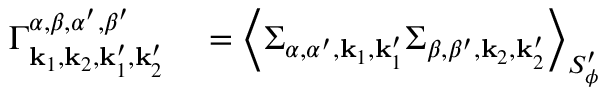
\begin{array} { r l } { \Gamma _ { { \mathbf { k } _ { 1 } } , { \mathbf { k } _ { 2 } } , { \mathbf { k } _ { 1 } ^ { \prime } } , { \mathbf { k } _ { 2 } ^ { \prime } } } ^ { \alpha , \beta , \alpha ^ { \prime } , \beta ^ { \prime } } } & { { } = \left< { \Sigma } _ { \alpha , \alpha ^ { \prime } , { \mathbf { k } _ { 1 } } , { \mathbf { k } _ { 1 } ^ { \prime } } } { \Sigma } _ { \beta , \beta ^ { \prime } , { \mathbf { k } _ { 2 } } , { \mathbf { k } _ { 2 } ^ { \prime } } } \right> _ { S _ { \phi } ^ { \prime } } } \end{array}